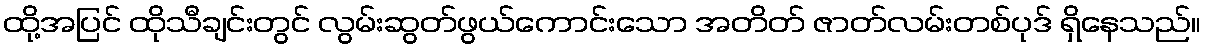
ထို့အပြင် ထိုသီချင်းတွင် လွမ်းဆွတ်ဖွယ်ကောင်းသော အတိတ် ဇာတ်လမ်းတစ်ပုဒ် ရှိနေသည်။